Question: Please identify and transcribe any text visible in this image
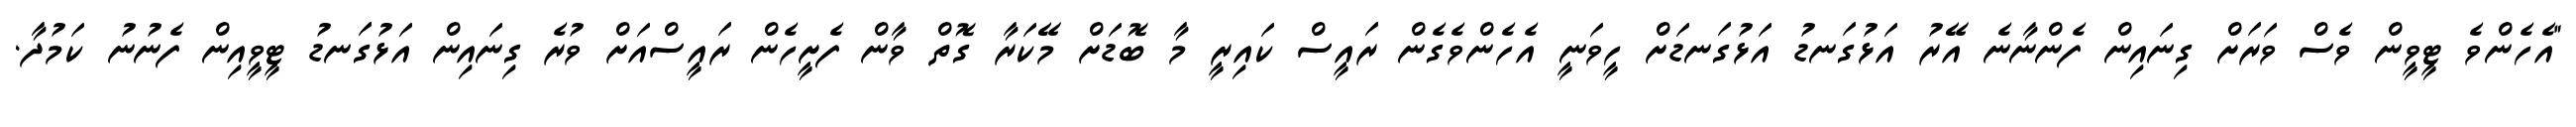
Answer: "އެހެންވެ ޓީވީން ވެސް ވަރަށް ގިނައިން ފެންނާނެ އޭރު އަޅުގަނޑު އަޅުގަނޑަށް ހީވަނީ އެހެންވެގެން ރައީސް ކައިރީ މާ ބޮޑަށް މޭކަރާ ގޮތް ވާން ފެށީހެން ރައީސްއަށް ވުރެ ގިނައިން އަޅުގަނޑު ޓީވީއިން ފެނުނު ކަމުދާ.